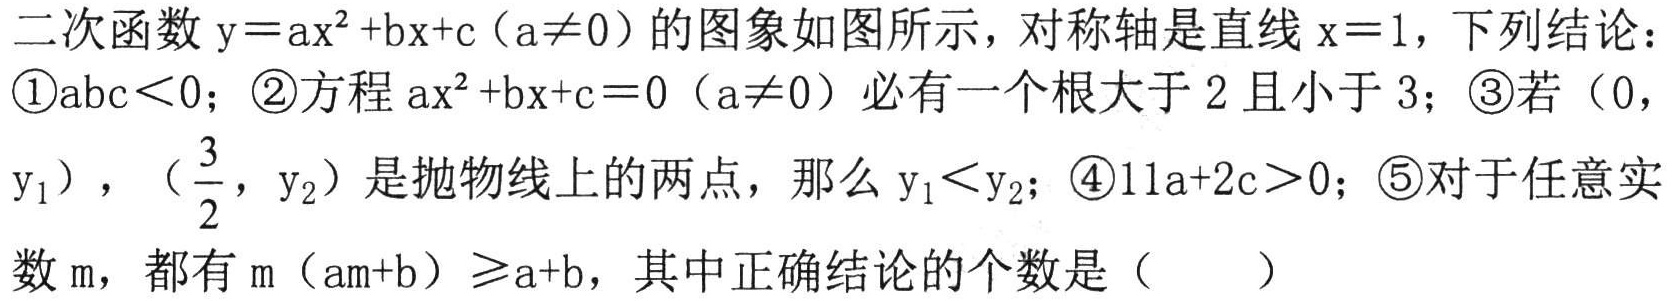
二次函数\(y = ax^{2}+bx + c(a\neq0)\)的图象如图所示，对称轴是直线\(x = 1\)，下列结论：\textcircled{1}\(abc\lt0\)；\textcircled{2}方程\(ax^{2}+bx + c = 0(a\neq0)\)必有一个根大于\(2\)且小于\(3\)；\textcircled{3}若\((0,y_{1})\)，\((\frac{3}{2},y_{2})\)是抛物线上的两点，那么\(y_{1}\lt y_{2}\)；\textcircled{4}\(11a + 2c\gt0\)；\textcircled{5}对于任意实数\(m\)，都有\(m(am + b)\geqslant a + b\)，其中正确结论的个数是（  ）